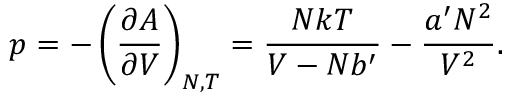
p = - \left( { \frac { \partial A } { \partial V } } \right) _ { N , T } = { \frac { N k T } { V - N b ^ { \prime } } } - { \frac { a ^ { \prime } N ^ { 2 } } { V ^ { 2 } } } .